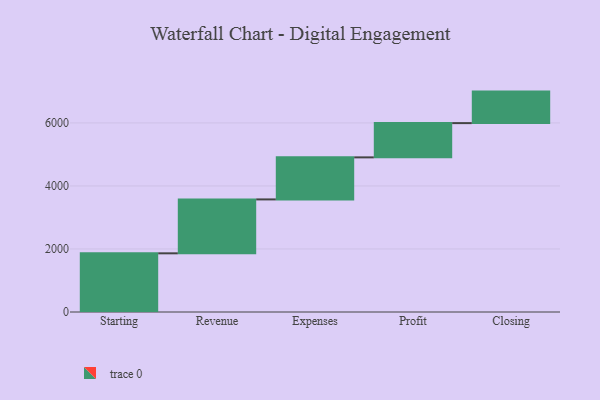
{"axis": {"x": "Step", "y": "Value"}, "legend": [""], "data": [{"x": "Starting", "y": 1862.0, "type": ""}, {"x": "Revenue", "y": 1711.0, "type": ""}, {"x": "Expenses", "y": 1334.0, "type": ""}, {"x": "Profit", "y": 1087.0, "type": ""}, {"x": "Closing", "y": 1000, "type": ""}]}